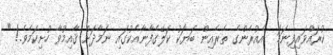
ކުރައްވައިފިނަމަ  އެއުރެންގެ ތެރެއިން ބަޔަކު ކަލޭގެފާނާއެކުގައި ނަމާދަށް ޤާއިމުވާ ހުށިކަމެވެ.! "